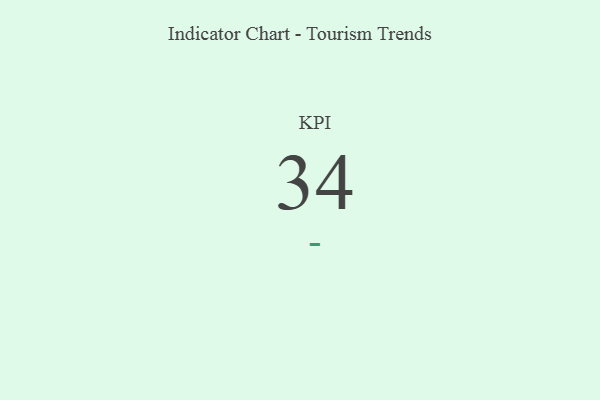
{"axis": {"x": "KPI", "y": "Value"}, "legend": [""], "data": [{"x": "KPI", "y": 34, "type": ""}]}